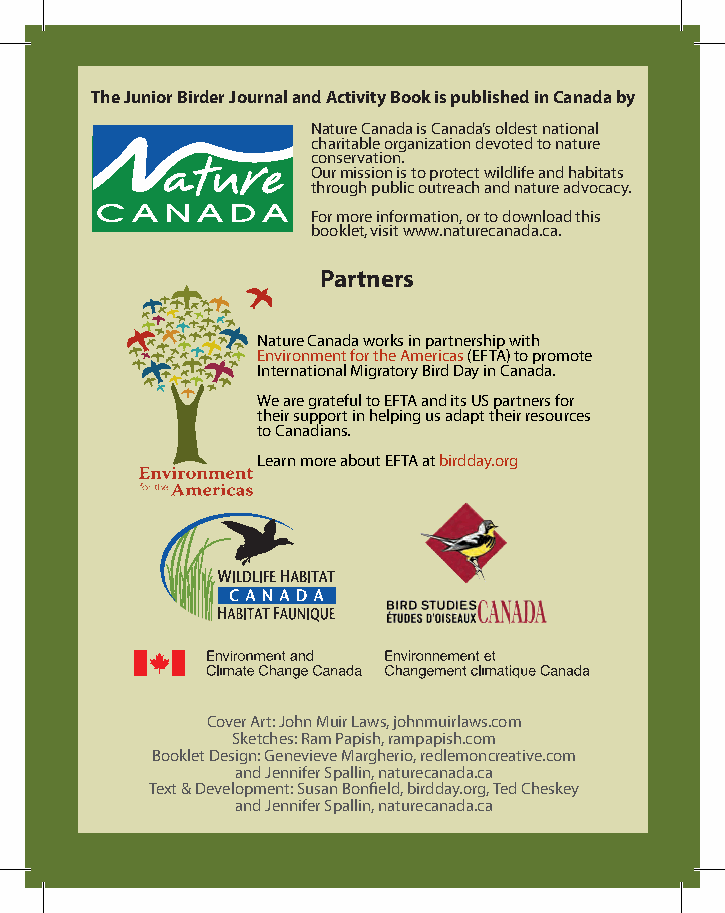
the Junior Birder Journal and Activity Book is published in canada by
 nature Canada is Canada’s oldest national
 charitable organization devoted to nature
 conservation.
 our mission is to protect wildlife and habitats
 through public outreach and nature advocacy.
 For more information, or to download this
 booklet, visit www.naturecanada.ca.
 Partners
 nature Canada works in partnership with
 environment for the americas (eFta) to promote
 International migratory Bird Day in Canada.
 We are grateful to eFta and its uS partners for
 their support in helping us adapt their resources
 to Canadians.
 Learn more about eFta at birdday.org
 WHC logo - brand colours Cover art: John muir Laws, johnmuirlaws.com
 Blue = Pantone Solid Coated ©S 66k1etches: ram papish, rampapish.com
 BGreoen o= Pakntolnee Stol idD Coaeteds ©i 7g490n: genevieve margherio, redlemoncreative.com
 Solid Black and Jennifer Spallin, naturecanada.ca
 text & Development: Susan Bonfield, birdday.org, ted Cheskey
 and Jennifer Spallin, naturecanada.ca
 32